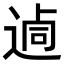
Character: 𨔖